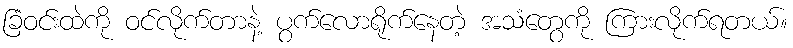
ခြံဝင်းထဲကို ဝင်လိုက်တာနဲ့ ပွက်လောရိုက်နေတဲ့ အသံတွေကို ကြားလိုက်ရတယ်။